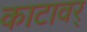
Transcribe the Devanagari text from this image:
काटावर्